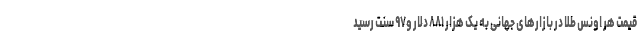
قیمت هر اونس طلا در بازار‌های جهانی به یک هزار ۸۸۱ دلار و۹۷ سنت رسید